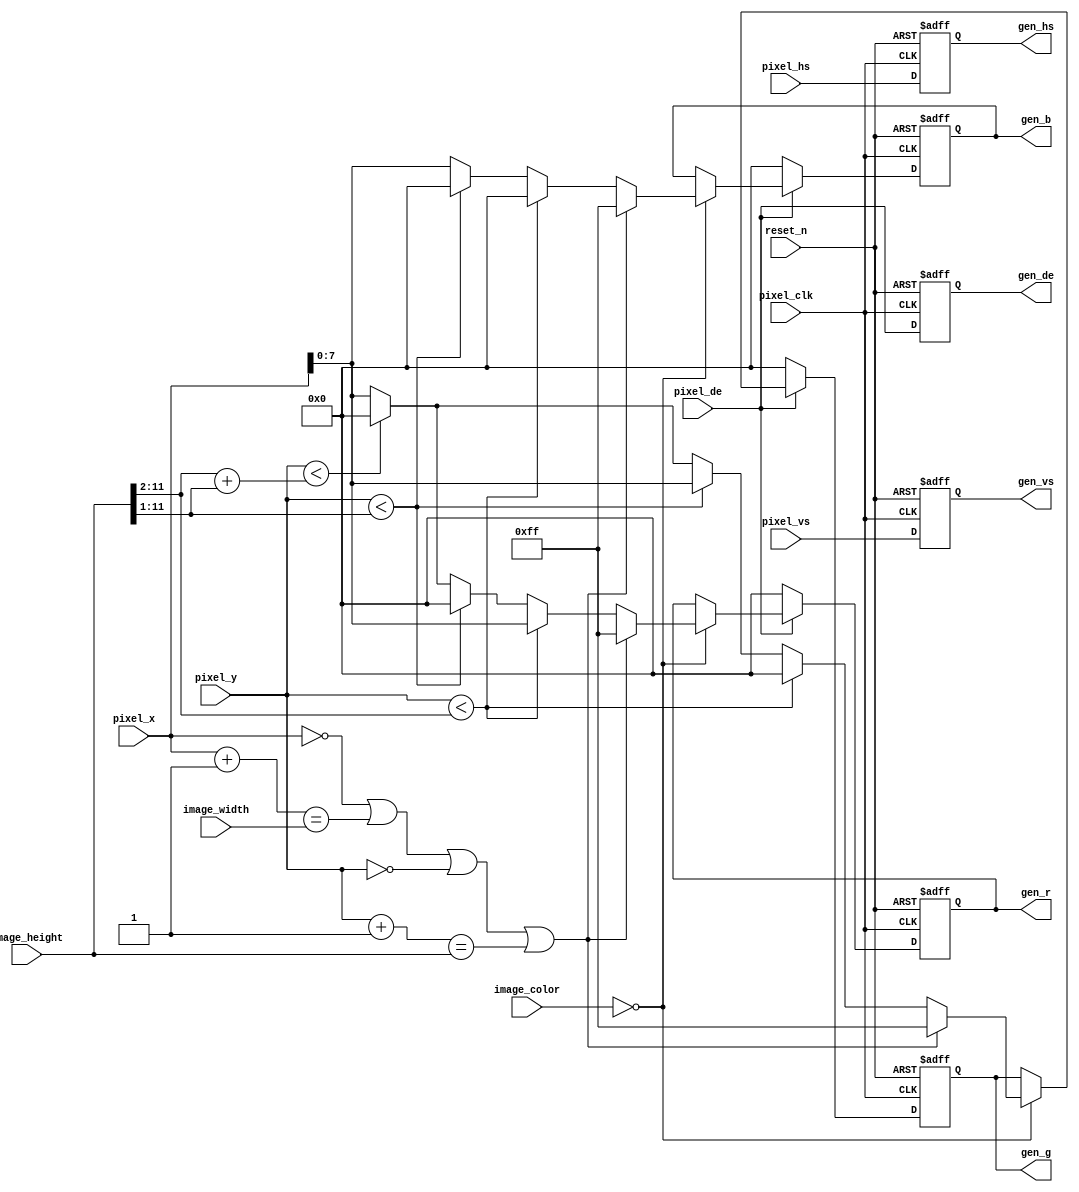
// --------------------------------------------------------------------
// Copyright (c) 2007 by Terasic Technologies Inc. 
// --------------------------------------------------------------------
//
// Permission:
//
//   Terasic grants permission to use and modify this code for use
//   in synthesis for all Terasic Development Boards and Altera Development 
//   Kits made by Terasic.  Other use of this code, including the selling 
//   ,duplication, or modification of any portion is strictly prohibited.
//
// Disclaimer:
//
//   This VHDL/Verilog or C/C++ source code is intended as a design reference
//   which illustrates how these types of functions can be implemented.
//   It is the user's responsibility to verify their design for
//   consistency and functionality through the use of formal
//   verification methods.  Terasic provides no warranty regarding the use 
//   or functionality of this code.
//
// --------------------------------------------------------------------
//           
//                     Terasic Technologies Inc
//                     356 Fu-Shin E. Rd Sec. 1. JhuBei City,
//                     HsinChu County, Taiwan
//                     302
//
//                     web: http://www.terasic.com/
//
// --------------------------------------------------------------------

module pattern_gen(
	reset_n,
	pixel_clk,
	pixel_de,
	pixel_hs,
	pixel_vs,
	pixel_x,
	pixel_y,
	image_width,
	image_height,
	image_color,
	gen_de,
	gen_hs,
	gen_vs,
	gen_r,
	gen_g,
	gen_b
);

input			reset_n;
input			pixel_clk;
input			pixel_de;
input			pixel_hs;
input			pixel_vs;
input	[11:0]	pixel_x;
input	[11:0]	pixel_y;
input	[11:0]	image_width;
input	[11:0]	image_height;
input	[1:0]	image_color;
output	reg			gen_de;
output	reg			gen_hs;
output	reg			gen_vs;
output	reg	[7:0]	gen_r;
output	reg	[7:0]	gen_g;
output	reg	[7:0]	gen_b;


////////////////////////////////////////////////
// Pattern Generator
////////////////////////////////////////////////
wire 	[7:0]   h_scale;
assign h_scale = pixel_x;

wire	[11:0]	v_group0;
wire	[11:0]	v_group1;
wire	[11:0]	v_group2;
assign v_group0 = image_height >> 2; //image_height/4;
assign v_group1 = image_height >> 1; //image_height/2;
assign v_group2 = v_group0 + v_group1; //image_height*3/4;


wire 	[7:0]   y_scale;
assign y_scale = h_scale; //16+h_scale%240;    // 16~255



always @(posedge pixel_clk or negedge reset_n)
begin
	if (!reset_n)
	begin
		{gen_r, gen_g, gen_b} <= {8'h00, 8'h00, 8'h00};
		gen_de <= 1'b0;
		gen_hs <= 1'b1;
		gen_vs <= 1'b1;
	end
	else
	begin
		//
		gen_de <= pixel_de;
		gen_hs <= pixel_hs;
		gen_vs <= pixel_vs;	
		//
		if (!pixel_de)
			{gen_r, gen_g, gen_b} <= {8'h00, 8'h00, 8'h00};
		else if (image_color == 0)
		begin
			if ((pixel_x == 0) || ((pixel_x+1) == image_width) ||
				(pixel_y == 0) || ((pixel_y+1) == image_height))  // border
				{gen_r, gen_g, gen_b} <= {8'hFF,8'hFF,8'hFF};
			else if (pixel_y < v_group0)  // red scale
				{gen_r, gen_g, gen_b} <= {h_scale, 8'h00, 8'h00};
			else if (pixel_y < v_group1) // green scale
				{gen_r, gen_g, gen_b} <= {8'h00, h_scale, 8'h00};
			else if (pixel_y < v_group2)  // blue scale
				{gen_r, gen_g, gen_b} <= {8'h00, 8'h00, h_scale};
			else	// gray scale
				{gen_r, gen_g, gen_b} <= {h_scale, h_scale, h_scale};
		end			
	end
end	






endmodule